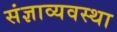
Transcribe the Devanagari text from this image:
संज्ञाव्यवस्था